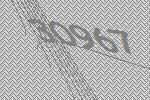
30967